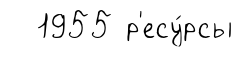
1955 р'есу́рсы